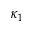
\kappa _ { 1 }